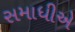
સમાધીએ